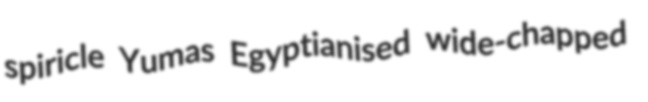
spiricle Yumas Egyptianised wide-chapped